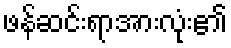
ဖန်ဆင်းရာအားလုံး၏